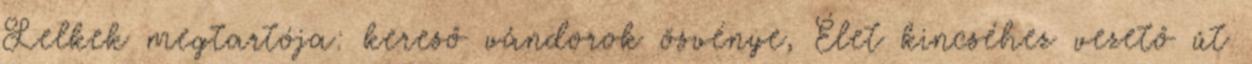
Lelkek megtartója: kereső vándorok ösvénye, Élet kincséhez vezető út